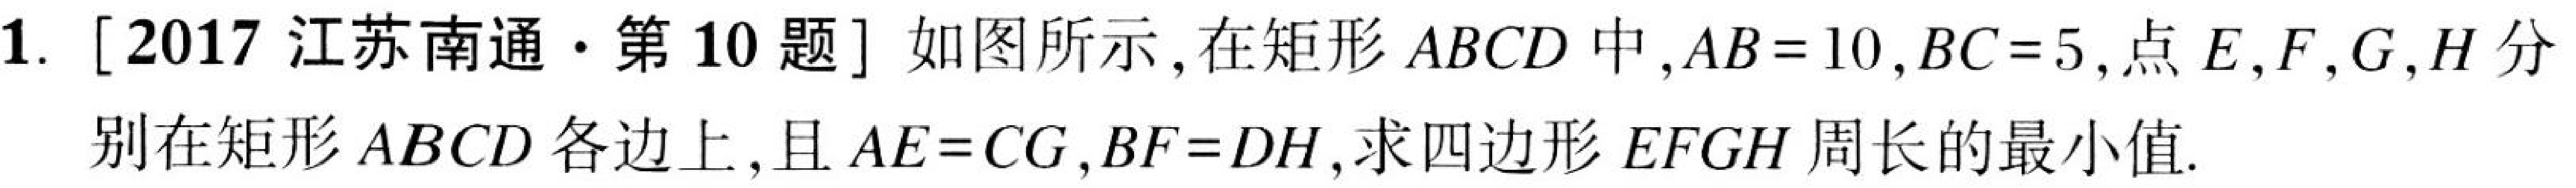
1. [2017 江苏南通·第10题] 如图所示,在矩形\(ABCD\)中,\(AB = 10\),\(BC = 5\),点\(E,F,G,H\)分
别在矩形\(ABCD\)各边上,且\(AE = CG\),\(BF = DH\),求四边形\(EFGH\)周长的最小值.